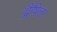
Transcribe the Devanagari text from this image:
द्वैषिता